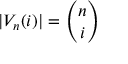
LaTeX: | V _ { n } ( i ) | = { \binom { n } { i } }